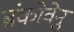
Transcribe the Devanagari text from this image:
ब्रंकोवेनु